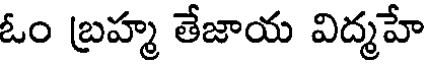
ఓం బ్రహ్మ తేజాయ విద్మహే